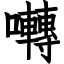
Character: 囀